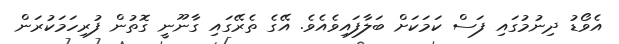
އެވޯޑު ދިނުމުގައި ފަސް ކަމަކަށް ބަލާފައިވެއެވެ. އޭގެ ތެރޭގައި ގާނޫނީ ގޮތުން ފުރިހަމަކުރަން